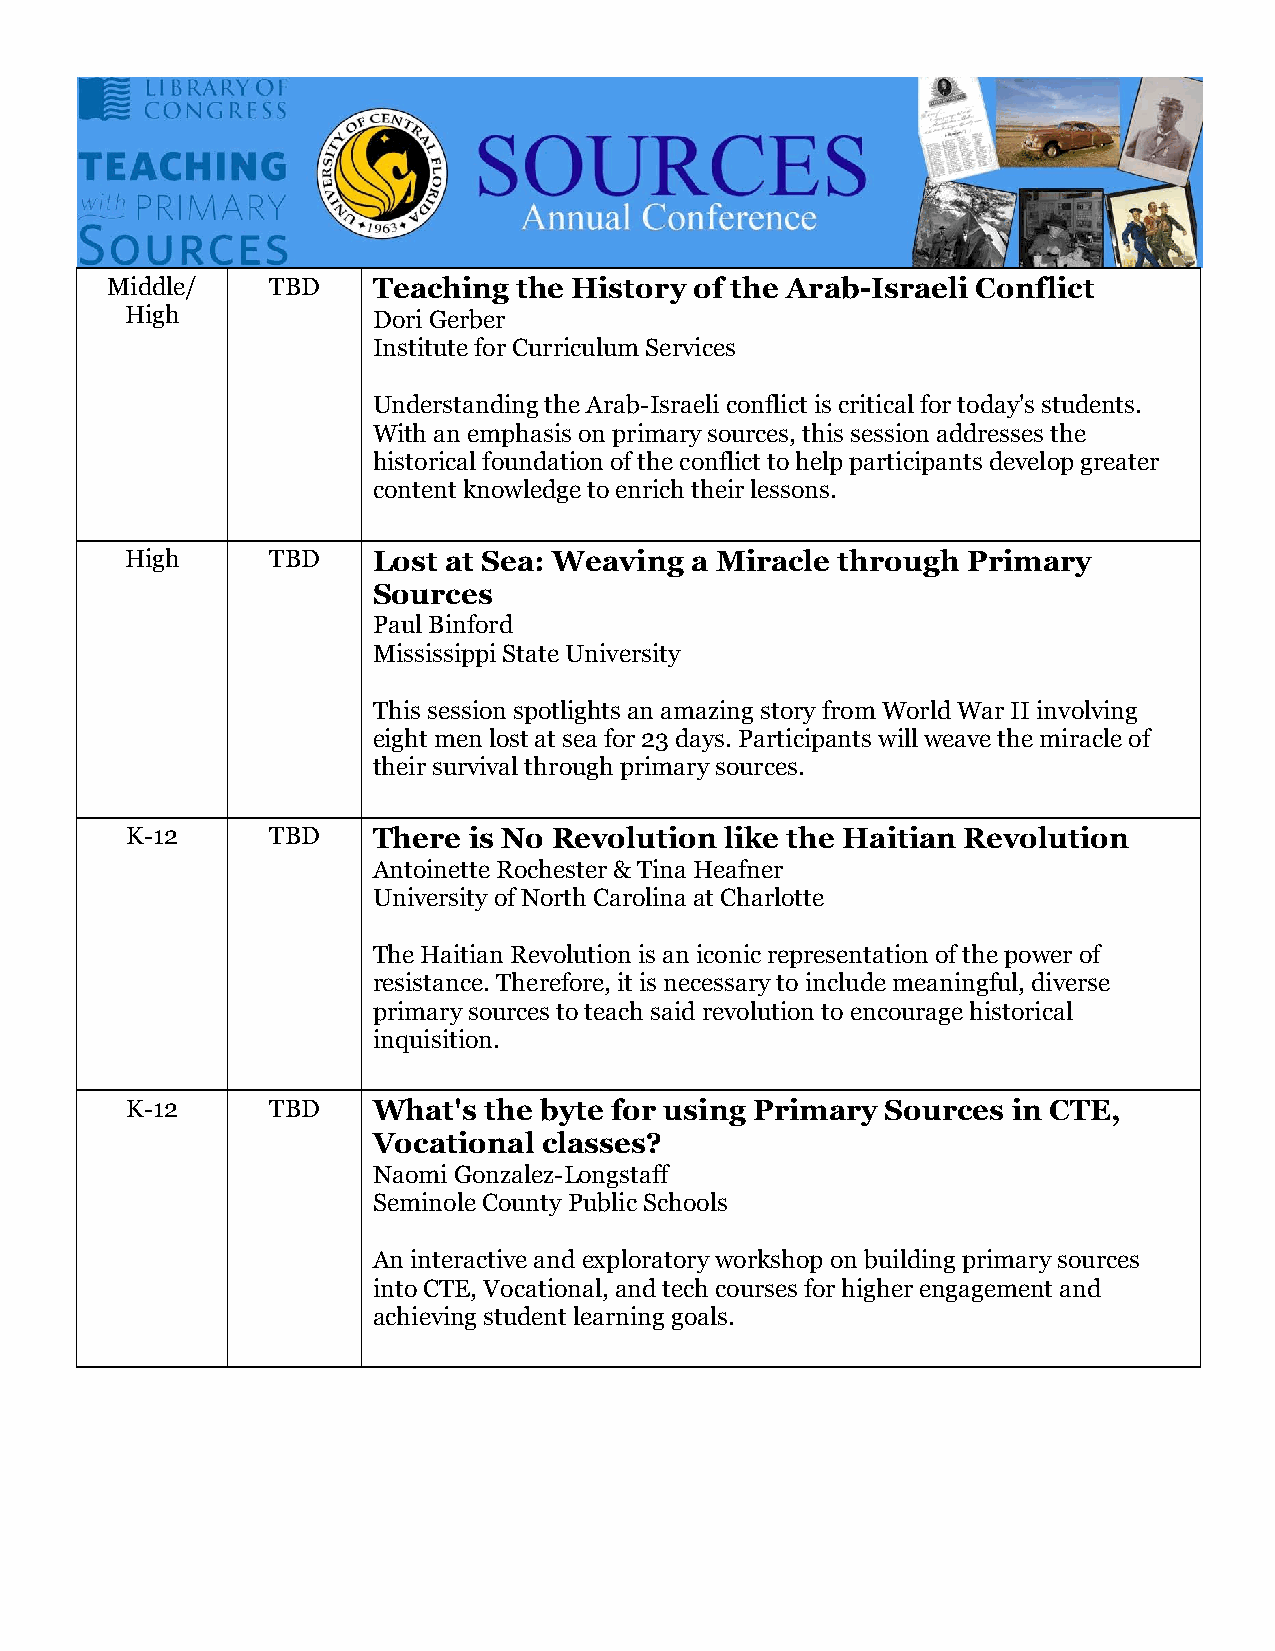
Middle/    TBD    Teaching the History of the Arab-Israeli Conflict
 High             Dori Gerber
 Institute for Curriculum Services
 Understanding the Arab-Israeli conflict is critical for today's students.
 With an emphasis on primary sources, this session addresses the
 historical foundation of the conflict to help participants develop greater
 content knowledge to enrich their lessons.
 High      TBD    Lost at Sea: Weaving a Miracle through Primary
 Sources
 Paul Binford
 Mississippi State University
 This session spotlights an amazing story from World War II involving
 eight men lost at sea for 23 days. Participants will weave the miracle of
 their survival through primary sources.
 K-12      TBD    There is No Revolution like the Haitian Revolution
 Antoinette Rochester & Tina Heafner
 University of North Carolina at Charlotte
 The Haitian Revolution is an iconic representation of the power of
 resistance. Therefore, it is necessary to include meaningful, diverse
 primary sources to teach said revolution to encourage historical
 inquisition.
 K-12      TBD    What's the byte for using Primary Sources in CTE,
 Vocational classes?
 Naomi Gonzalez-Longstaff
 Seminole County Public Schools
 An interactive and exploratory workshop on building primary sources
 into CTE, Vocational, and tech courses for higher engagement and
 achieving student learning goals.